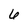
Character: 6